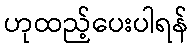
ဟုထည့်ပေးပါရန်